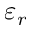
\varepsilon _ { r }